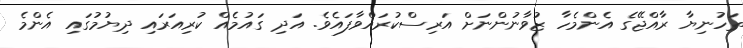
ތަހުނިޔާ ރާއްޖޭގެ އެންމެހާ ޒުވާނުންނަށް އަރިސްކުރައްވާފައެވެ. އަދި ގައުމެއް ކުރިއަރައި ދިޔުމުގައި އެންމެ